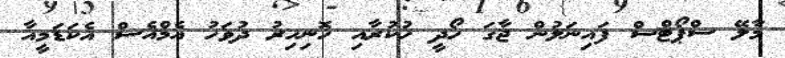
މާލޭ ސްޕޯޓްސް ފައިނަލުން ޖާގަ ހޯދީ ހުކުރާއި ހޮނިހިރު ދުވަހު އެމްއެސް އެކަޑަމީއާ